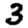
Digit: 3